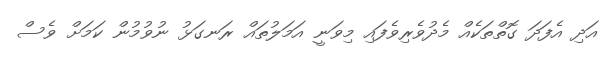
އަދި އެފަދަ ގޮތްތަކެއް މެދުވެރިވެފައި މިވަނީ އަމަލުތައް ރަނގަޅު ނުވުމުން ކަމަށް ވެސް